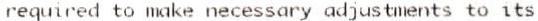
REQUIRED TO MAKE NECESSARY ADJUSTMENTS TO ITS